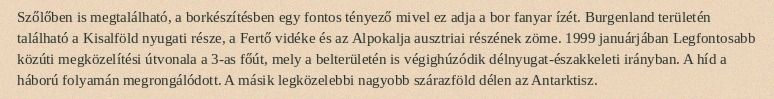
Szőlőben is megtalálható, a borkészítésben egy fontos tényező mivel ez adja a bor fanyar ízét. Burgenland területén található a Kisalföld nyugati része, a Fertő vidéke és az Alpokalja ausztriai részének zöme. 1999 januárjában Legfontosabb közúti megközelítési útvonala a 3-as főút, mely a belterületén is végighúzódik délnyugat-északkeleti irányban. A híd a háború folyamán megrongálódott. A másik legközelebbi nagyobb szárazföld délen az Antarktisz.